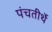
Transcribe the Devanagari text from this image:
पंचतीर्थे